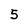
Character: 5